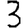
Digit: 3